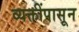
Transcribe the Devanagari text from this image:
व्यक्तींपासून